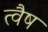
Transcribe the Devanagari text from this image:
त्वैष